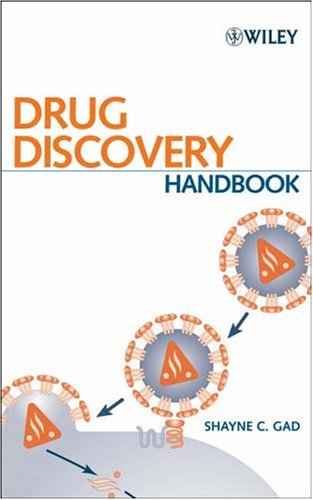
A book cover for Drug Discovery Handbook; Medical Books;